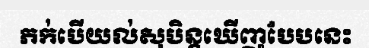
ភក់បើយល់សុបិន្តឃើញបែបនេះ